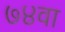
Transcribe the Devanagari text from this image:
७४वा